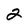
Character: 2